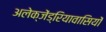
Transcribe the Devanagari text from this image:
अलेक्जेंड्रियावासियों